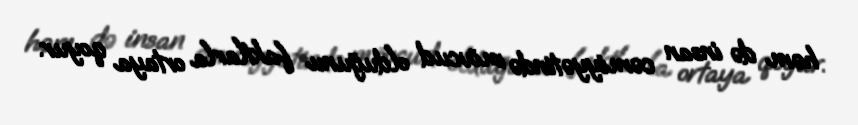
həm də insan cəmiyyətində mövcud olduğunu faktlarla ortaya qoyur.